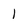
Character: I